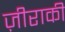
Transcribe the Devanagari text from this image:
ज़ीराकी